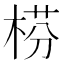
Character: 𣔄